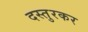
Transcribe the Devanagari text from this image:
दस्तुरकर